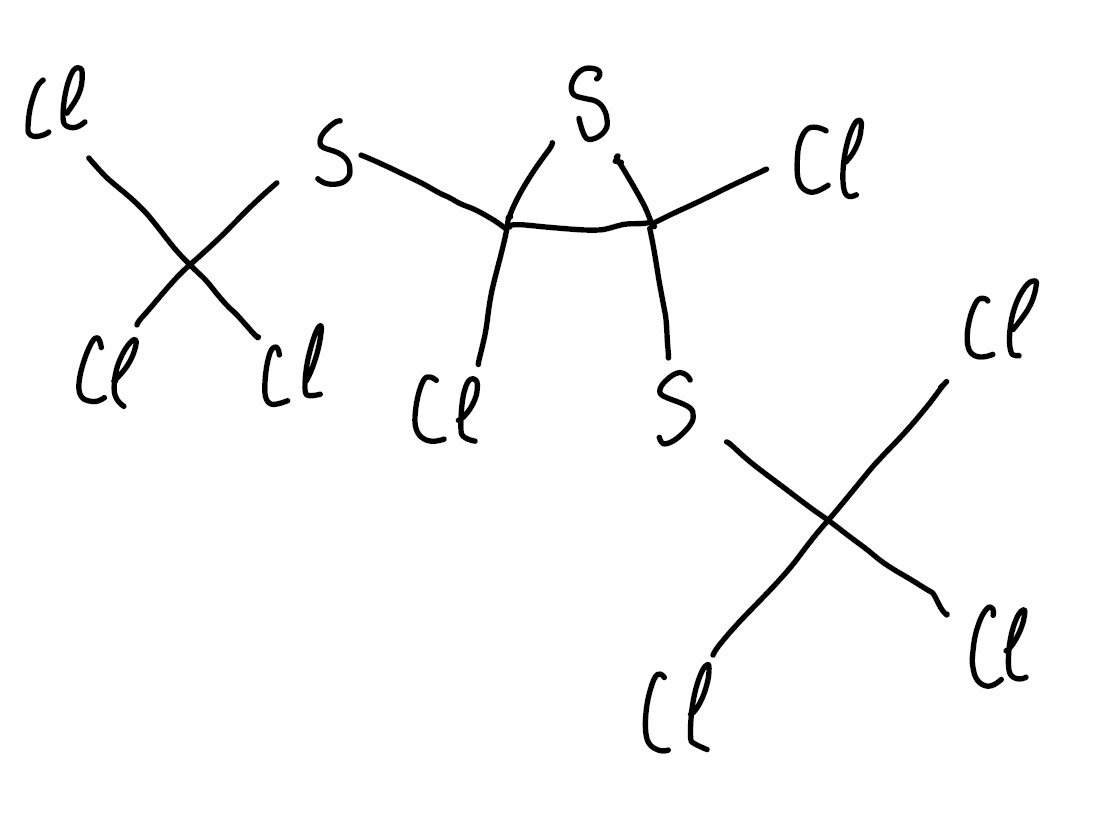
Simplified molecular-input line-entry system (SMILES) notation of the given molecule:
C1(C(S1)(SC(Cl)(Cl)Cl)Cl)(SC(Cl)(Cl)Cl)Cl